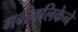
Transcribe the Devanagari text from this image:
गर्भनलिकेने